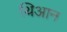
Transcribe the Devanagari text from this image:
थिआन